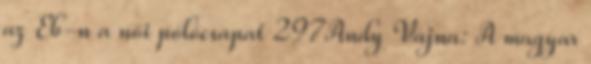
az Eb-n a női pólócsapat 297Andy Vajna: A magyar